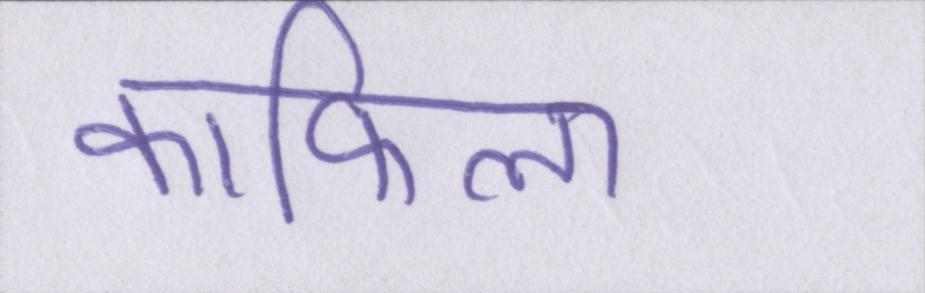
काफिला